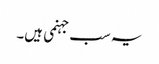
یہ سب جہنمی ہیں۔